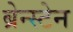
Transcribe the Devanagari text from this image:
ब्रेन्स्टेन